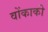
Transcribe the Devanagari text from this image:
वोंकाकी